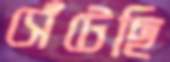
সেঁটেছি